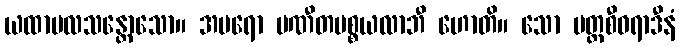
ယထာဗလသန္တောသော။ အပရော ပဏီတပစ္စယလာဘီ ဟောတိ။ သော ပတ္တစီဝရာဒီနံ